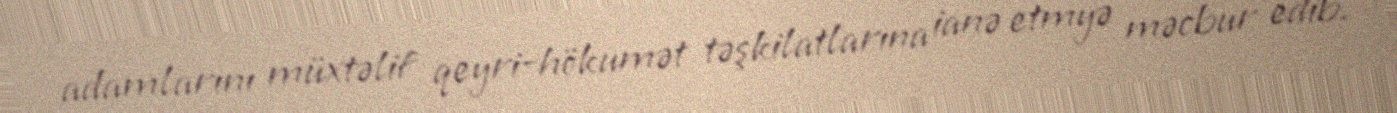
adamlarını müxtəlif qeyri-hökumət təşkilatlarına ianə etmyə məcbur edib.